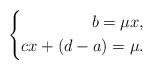
LaTeX: \begin{align*}\left\{\begin{aligned}b=\mu x,\\cx+(d-a)=\mu.\end{aligned}\right.\end{align*}